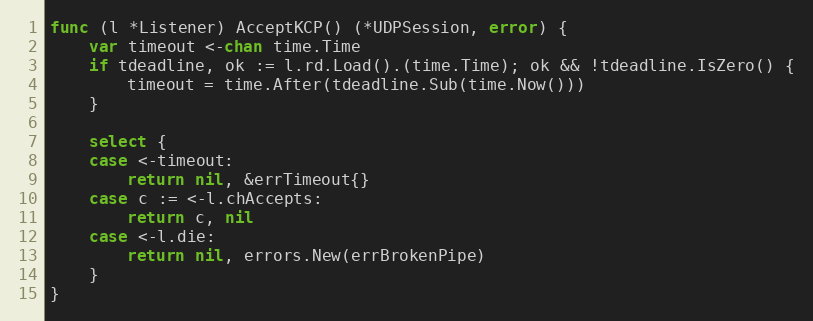
Language: Go
func (l *Listener) AcceptKCP() (*UDPSession, error) {
	var timeout <-chan time.Time
	if tdeadline, ok := l.rd.Load().(time.Time); ok && !tdeadline.IsZero() {
		timeout = time.After(tdeadline.Sub(time.Now()))
	}

	select {
	case <-timeout:
		return nil, &errTimeout{}
	case c := <-l.chAccepts:
		return c, nil
	case <-l.die:
		return nil, errors.New(errBrokenPipe)
	}
}